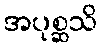
အပုစ္ဆသိ